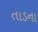
તાડના